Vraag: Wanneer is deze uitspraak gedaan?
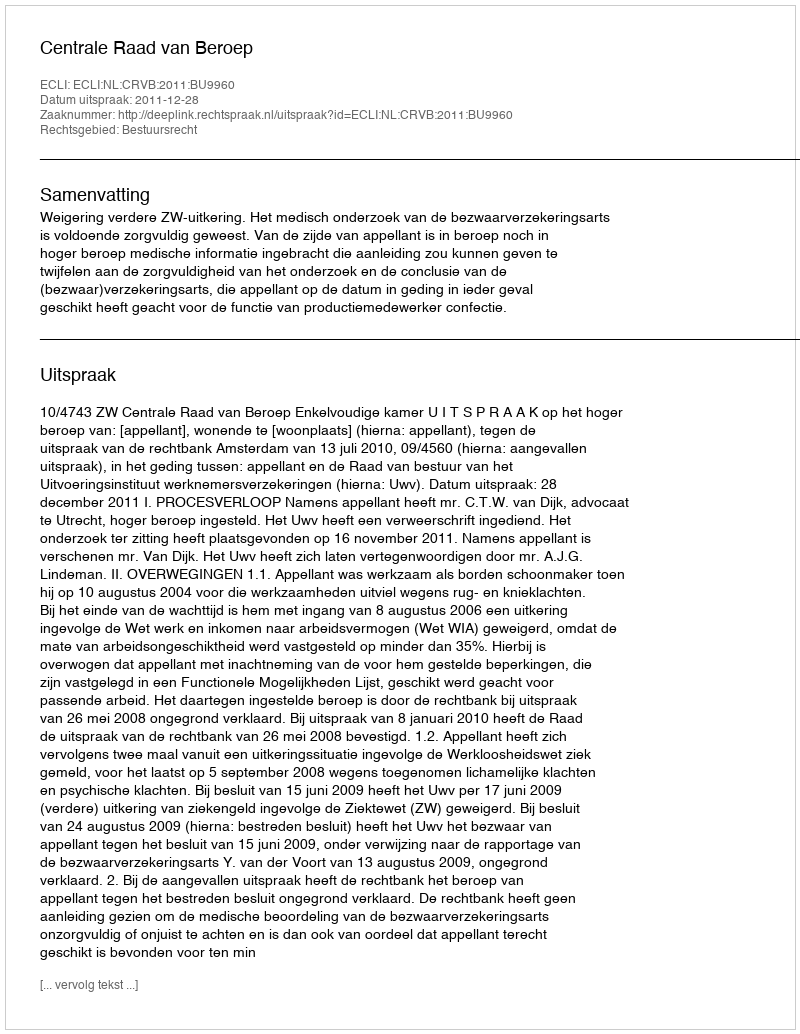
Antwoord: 2011-12-28